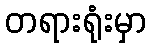
တရားရုံးမှာ